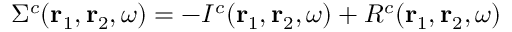
\Sigma ^ { c } ( \mathbf { r } _ { 1 } , \mathbf { r } _ { 2 } , \omega ) = - I ^ { c } ( \mathbf { r } _ { 1 } , \mathbf { r } _ { 2 } , \omega ) + R ^ { c } ( \mathbf { r } _ { 1 } , \mathbf { r } _ { 2 } , \omega )